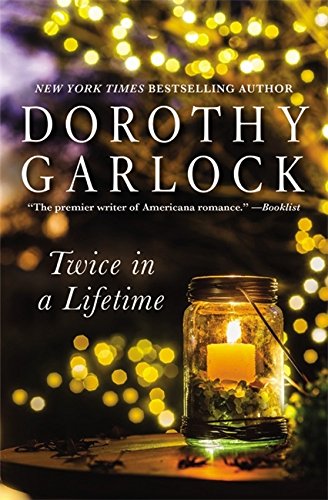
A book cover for Twice in a Lifetime; Dorothy Garlock; Romance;